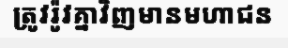
ត្រូវរ៉ូវគ្នាវិញមានមហាជន